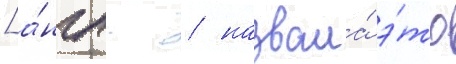
[а́нгл. / назвала́ э́то